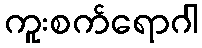
ကူးစက်ရောဂါ